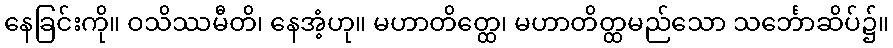
နေခြင်းကို။ ဝသိဿမီတိ၊ နေအံ့ဟု။ မဟာတိတ္ထေ၊ မဟာတိတ္ထမည်သော သင်္ဘောဆိပ်၌။